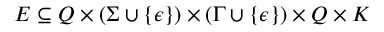
E \subseteq Q \times ( \Sigma \cup \{ \epsilon \} ) \times ( \Gamma \cup \{ \epsilon \} ) \times Q \times K